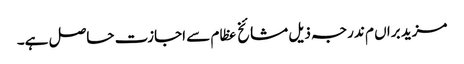
مزید براں م ندرجہ ذیل مشائخ عظام سے اجازت حاصل ہے۔